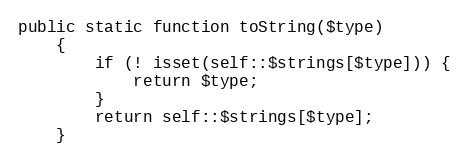
Language: PHP
public static function toString($type)
    {
        if (! isset(self::$strings[$type])) {
            return $type;
        }
        return self::$strings[$type];
    }